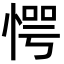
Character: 愕